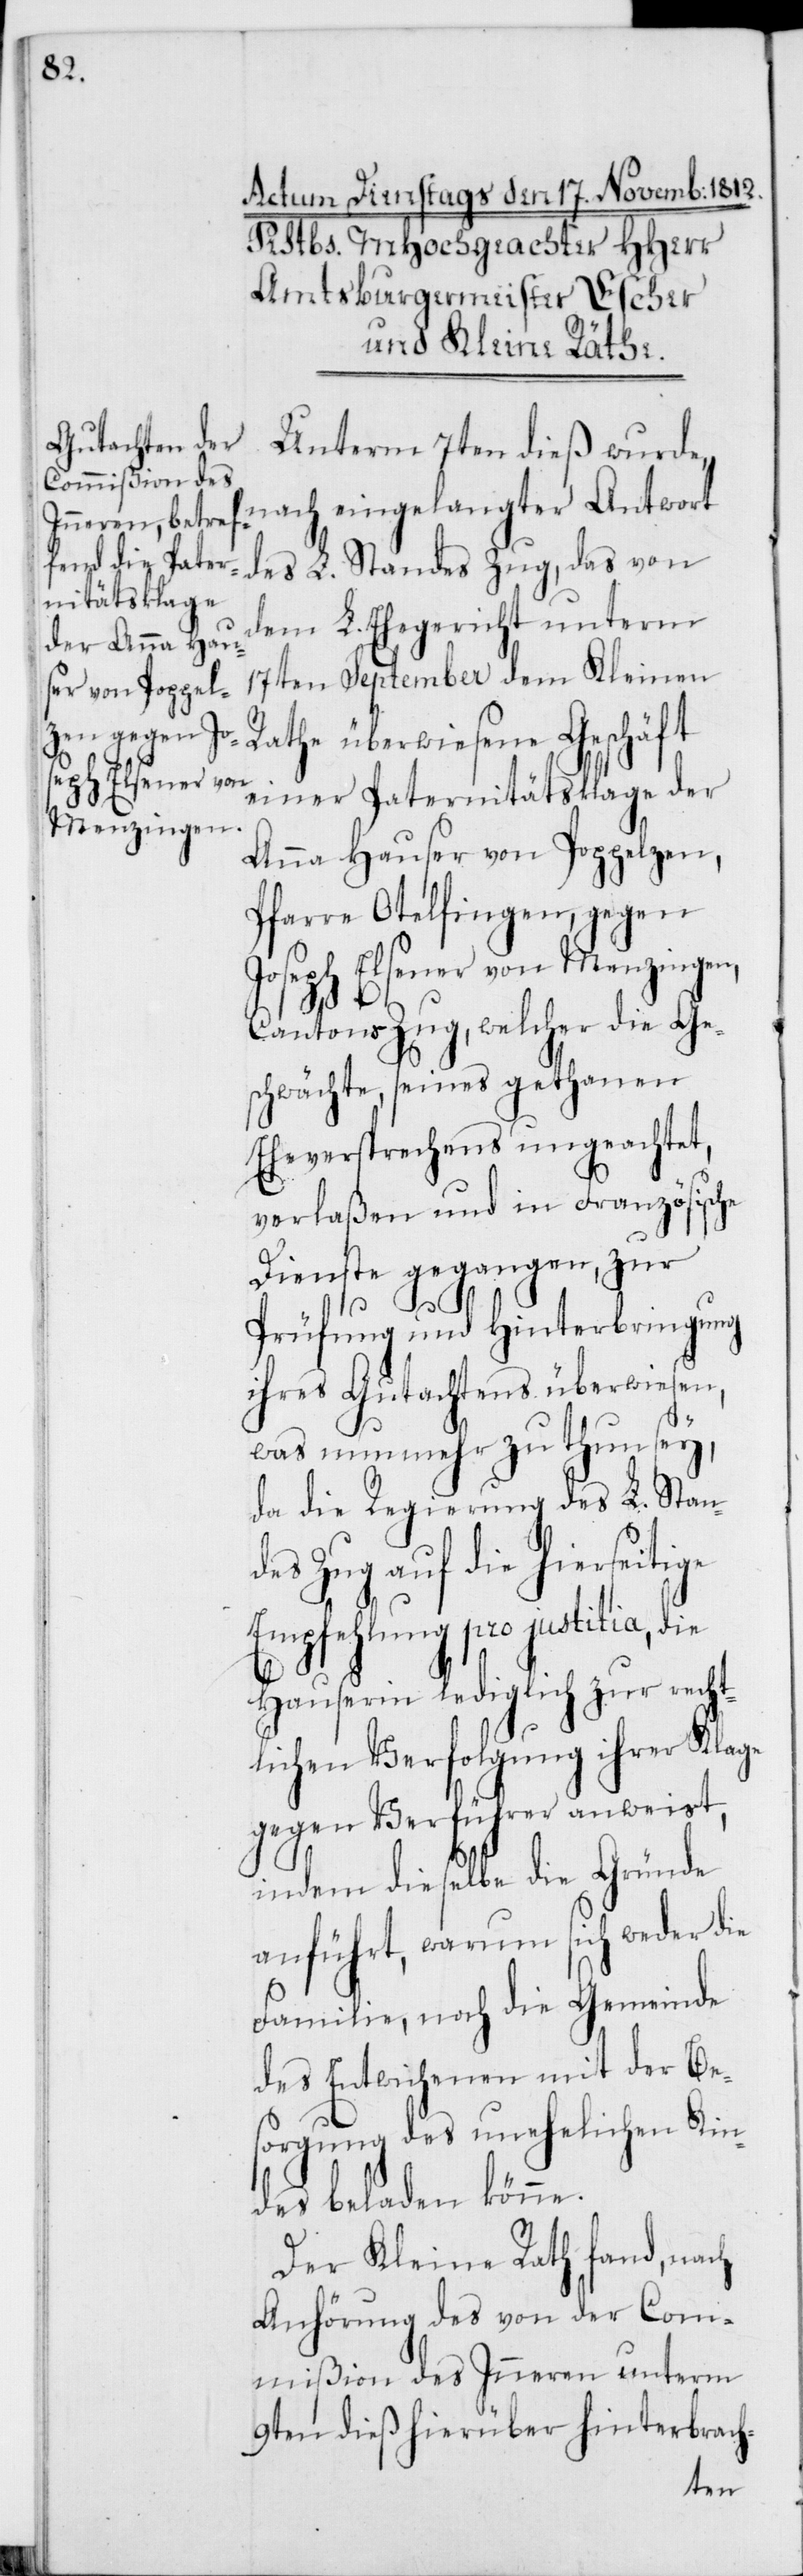
Unterm 7ten dieß wurde,
nach eingelangter Antwort
des L. Standes Zug, das von
dem L. Ehegericht unterm
17ten September dem Kleinen
Rathe überwiesene Geschäft
einer Paternitätsklage der
Anna Hauser von Poppelzen,
Pfarre Otelfingen, gegen
Joseph Elsener von Menzingen,
Cantons Zug, welcher die Ge¬
schwächte seines gethanen
Eheversprechens ungeachtet,
verlaßen und in Französische
Dienste gegangen, zur
die
Prüfung und Hinterbringung
ihres Gutachtens überwiesen,
was nunmehr zu thun sey,
da die Regierung des L. Stan¬
des Zug auf die hierseitige
Empfehlung pro justitia,
Hauserin lediglich zur recht¬
lichen Verfolgung ihrer Klage
gegen Verführer anweist,
indem dieselbe die Gründe
anführt, warum sich weder die
Familie, noch die Gemeinde
des Entwichenen mit der Be¬
sorgung des unehelichen Kin¬
des beladen könne.
Der Kleine Rath fand, nach
Anhörung des von der Com¬
mißion des Inneren unterm
9ten dieß hierüber hinterbrach-